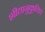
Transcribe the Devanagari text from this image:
शीतानुकूलित